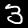
Digit: 3